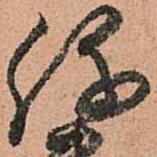
弥